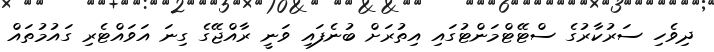
ދިވެހި ސަރުކާރުގެ ސްޓޭޓްމަންޓުގައި އިތުރަށް ބުނެފައި ވަނީ ރާއްޖޭގެ ގިނަ އަވައްޓެރި ގައުމުތައް